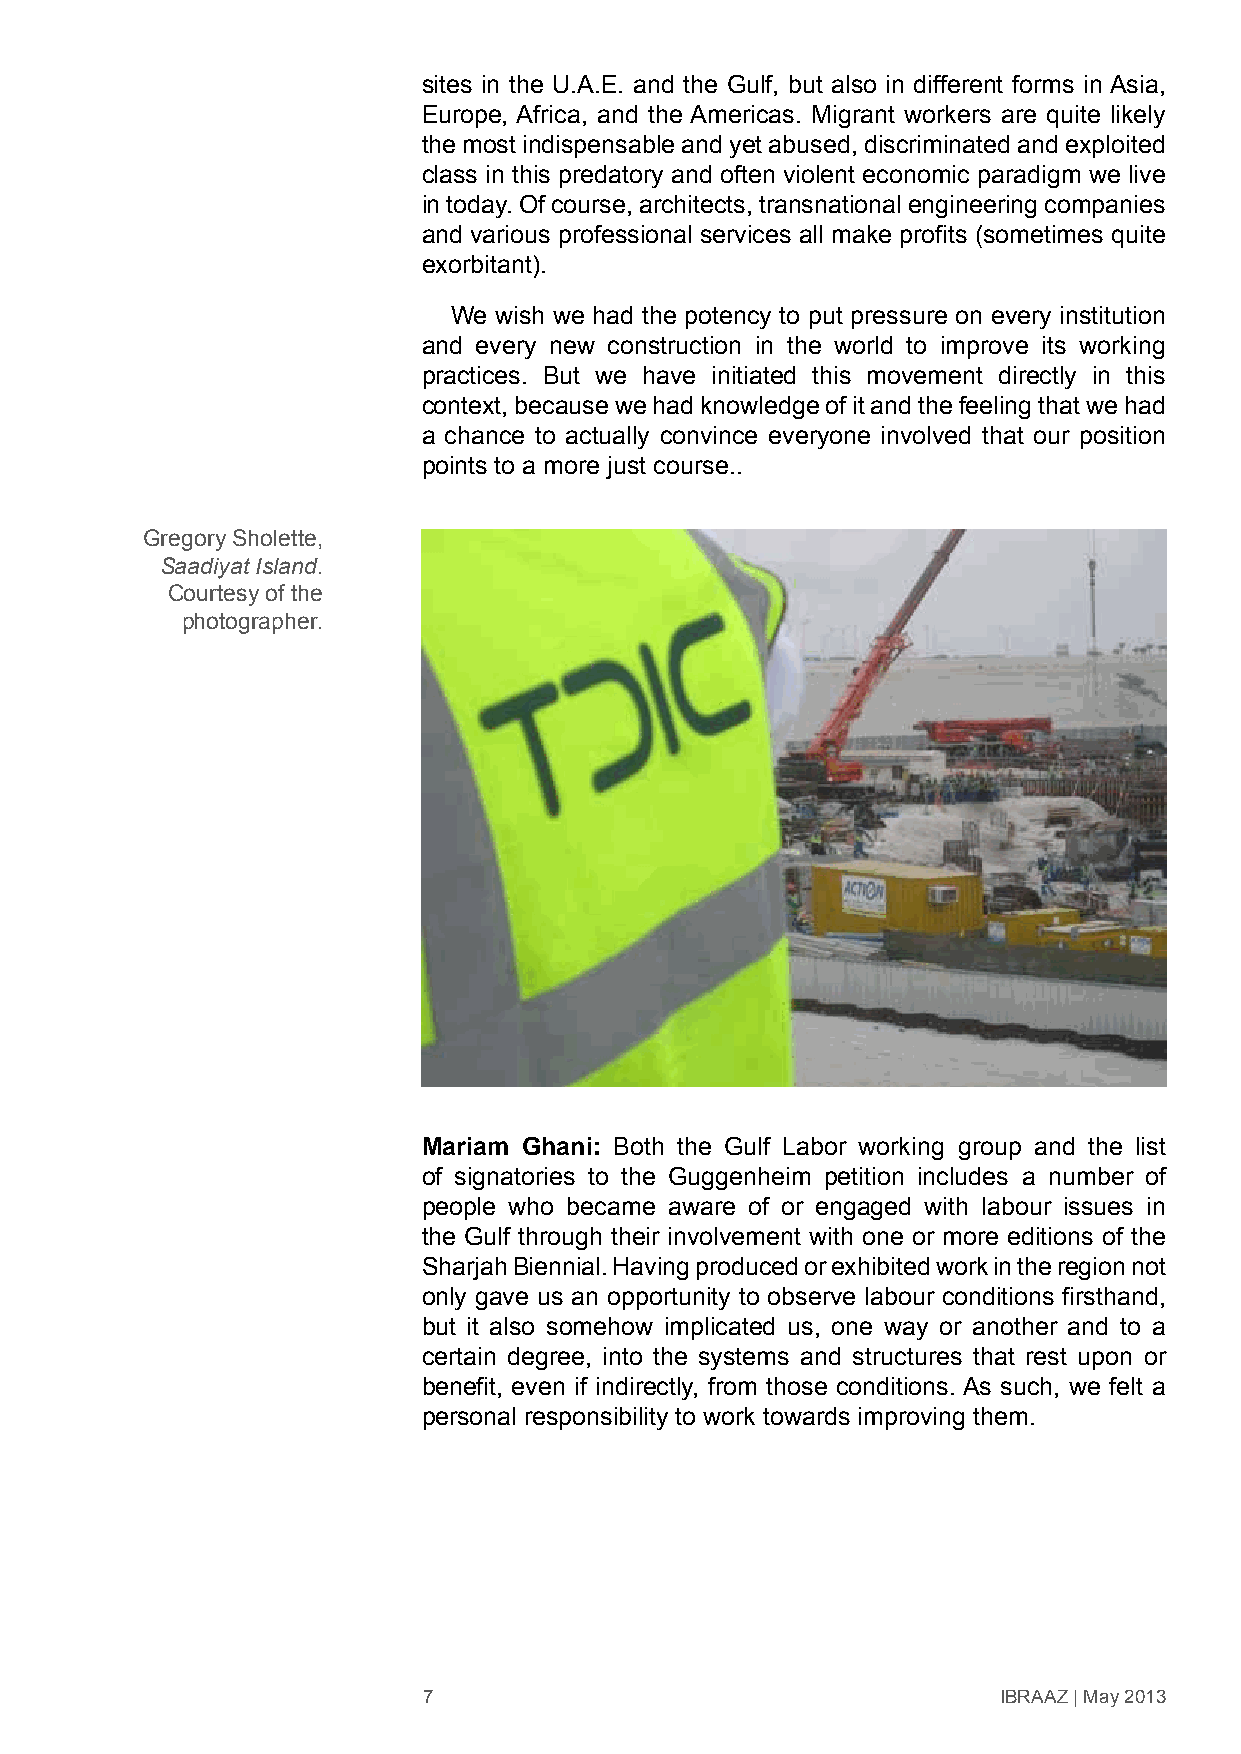
sites in the U.A.E. and the Gulf, but also in different forms in Asia,
 Europe, Africa, and the Americas. Migrant workers are quite likely
 the most indispensable and yet abused, discriminated and exploited
 class in this predatory and often violent economic paradigm we live
 in today. Of course, architects, transnational engineering companies
 and various professional services all make profits (sometimes quite
 exorbitant).
 We wish we had the potency to put pressure on every institution
 and every new construction in the world to improve its working
 practices. But we have initiated this movement directly in this
 context, because we had knowledge of it and the feeling that we had
 a chance to actually convince everyone involved that our position
 points to a more just course..
 Gregory Sholette,
 Saadiyat Island.
 Courtesy of the
 photographer.
 Mariam Ghani: Both the Gulf Labor working group and the list
 of signatories to the Guggenheim petition includes a number of
 people who became aware of or engaged with labour issues in
 the Gulf through their involvement with one or more editions of the
 Sharjah Biennial. Having produced or exhibited work in the region not
 only gave us an opportunity to observe labour conditions firsthand,
 but it also somehow implicated us, one way or another and to a
 certain degree, into the systems and structures that rest upon or
 benefit, even if indirectly, from those conditions. As such, we felt a
 personal responsibility to work towards improving them.
 7                                     IBRAAZ | May 2013